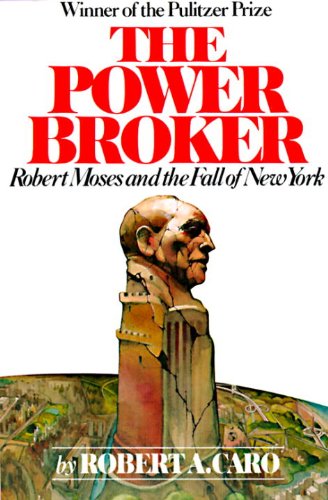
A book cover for The Power Broker: Robert Moses and the Fall of New York; Robert A. Caro; Business & Money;